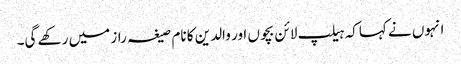
انہوں نے کہاکہ ہیلپ لائن بچوں اور والدین کا نام صیغہ راز میں رکھے گی۔